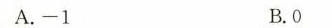
A.-1 B.0